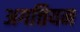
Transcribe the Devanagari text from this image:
अगत्तियम